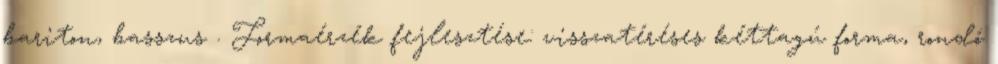
bariton, basszus . Formaérzék fejlesztése: visszatéréses kéttagú forma, rondó